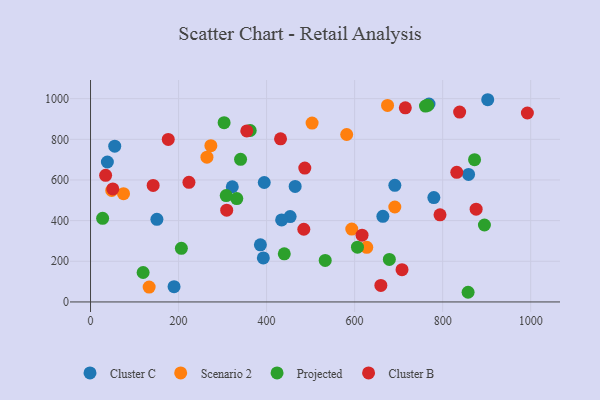
{"axis": {"x": "Ad Spend", "y": "Demand"}, "legend": ["Cluster B", "Cluster C", "Projected", "Scenario 2"], "data": [{"x": "858.9", "y": 627.1, "type": "Cluster C"}, {"x": "780.0", "y": 513.3, "type": "Cluster C"}, {"x": "464.9", "y": 568.4, "type": "Cluster C"}, {"x": "769.0", "y": 973.8, "type": "Cluster C"}, {"x": "38.3", "y": 688.5, "type": "Cluster C"}, {"x": "664.2", "y": 421.4, "type": "Cluster C"}, {"x": "691.4", "y": 573.8, "type": "Cluster C"}, {"x": "189.8", "y": 75.2, "type": "Cluster C"}, {"x": "385.9", "y": 280.9, "type": "Cluster C"}, {"x": "453.5", "y": 419.8, "type": "Cluster C"}, {"x": "322.1", "y": 566.8, "type": "Cluster C"}, {"x": "394.7", "y": 587.7, "type": "Cluster C"}, {"x": "434.2", "y": 403.3, "type": "Cluster C"}, {"x": "392.6", "y": 216.8, "type": "Cluster C"}, {"x": "55.0", "y": 766.4, "type": "Cluster C"}, {"x": "150.8", "y": 406.7, "type": "Cluster C"}, {"x": "902.4", "y": 994.8, "type": "Cluster C"}, {"x": "48.2", "y": 548.7, "type": "Scenario 2"}, {"x": "133.2", "y": 73.1, "type": "Scenario 2"}, {"x": "273.4", "y": 768.6, "type": "Scenario 2"}, {"x": "691.3", "y": 467.2, "type": "Scenario 2"}, {"x": "75.0", "y": 532.4, "type": "Scenario 2"}, {"x": "582.0", "y": 823.8, "type": "Scenario 2"}, {"x": "503.4", "y": 879.8, "type": "Scenario 2"}, {"x": "627.6", "y": 268.6, "type": "Scenario 2"}, {"x": "593.5", "y": 358.4, "type": "Scenario 2"}, {"x": "674.8", "y": 966.7, "type": "Scenario 2"}, {"x": "264.5", "y": 712.1, "type": "Scenario 2"}, {"x": "766.0", "y": 967.2, "type": "Projected"}, {"x": "857.8", "y": 47.6, "type": "Projected"}, {"x": "332.3", "y": 508.7, "type": "Projected"}, {"x": "119.5", "y": 144.9, "type": "Projected"}, {"x": "533.2", "y": 204.5, "type": "Projected"}, {"x": "606.5", "y": 269.3, "type": "Projected"}, {"x": "362.8", "y": 843.4, "type": "Projected"}, {"x": "440.2", "y": 236.9, "type": "Projected"}, {"x": "308.3", "y": 523.3, "type": "Projected"}, {"x": "206.4", "y": 263.6, "type": "Projected"}, {"x": "872.5", "y": 699.8, "type": "Projected"}, {"x": "761.0", "y": 963.8, "type": "Projected"}, {"x": "340.9", "y": 701.7, "type": "Projected"}, {"x": "894.9", "y": 378.5, "type": "Projected"}, {"x": "27.5", "y": 411.4, "type": "Projected"}, {"x": "303.5", "y": 881.9, "type": "Projected"}, {"x": "678.9", "y": 209.2, "type": "Projected"}, {"x": "50.6", "y": 556.2, "type": "Cluster B"}, {"x": "34.3", "y": 622.7, "type": "Cluster B"}, {"x": "715.2", "y": 955.0, "type": "Cluster B"}, {"x": "142.3", "y": 573.3, "type": "Cluster B"}, {"x": "616.9", "y": 328.5, "type": "Cluster B"}, {"x": "486.8", "y": 658.7, "type": "Cluster B"}, {"x": "355.0", "y": 841.4, "type": "Cluster B"}, {"x": "876.1", "y": 456.4, "type": "Cluster B"}, {"x": "176.6", "y": 799.5, "type": "Cluster B"}, {"x": "794.0", "y": 428.4, "type": "Cluster B"}, {"x": "992.5", "y": 929.5, "type": "Cluster B"}, {"x": "659.6", "y": 81.1, "type": "Cluster B"}, {"x": "484.6", "y": 357.6, "type": "Cluster B"}, {"x": "707.7", "y": 158.9, "type": "Cluster B"}, {"x": "832.1", "y": 637.9, "type": "Cluster B"}, {"x": "223.6", "y": 588.5, "type": "Cluster B"}, {"x": "431.7", "y": 802.7, "type": "Cluster B"}, {"x": "309.4", "y": 451.7, "type": "Cluster B"}, {"x": "838.6", "y": 934.1, "type": "Cluster B"}]}